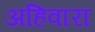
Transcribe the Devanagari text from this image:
अहिवारा